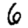
Digit: 6